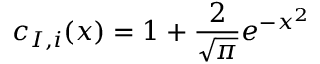
c _ { I , i } ( x ) = 1 + \frac { 2 } { \sqrt { \pi } } e ^ { - x ^ { 2 } }